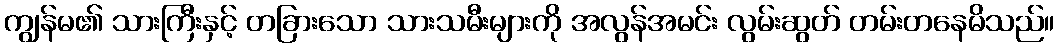
ကျွန်မ၏ သားကြီးနှင့် တခြားသော သားသမီးများကို အလွန်အမင်း လွမ်းဆွတ် တမ်းတနေမိသည်။